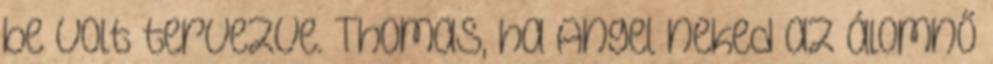
be volt tervezve. Thomas, ha Angel neked az álomnő